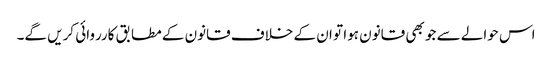
اس حوالے سے جو بھی قانون ہوا تو ان کے خلاف قانون کے مطابق کارروائی کریں گے۔